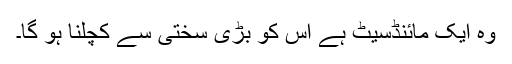
وہ ایک مائنڈسیٹ ہے اس کو بڑی سختی سے کچلنا ہو گا۔